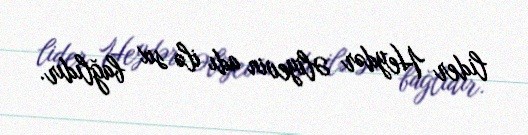
lider Heydər Əliyevin adı ilə sıx bağlıdır.